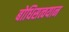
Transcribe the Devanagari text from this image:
बोधिसत्वयान